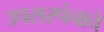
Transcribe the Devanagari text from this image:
उपसरपंचाचे